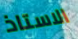
الاستاذ